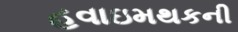
હવાઇમથકની